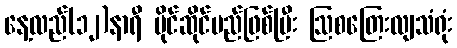
နေ့လည်(၁၂)နာရီ ပိုင်ဆိုင်မည်ဖြစ်ပြီး ဩစတြေးလျသံရုံး